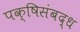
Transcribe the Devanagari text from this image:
पक्षिसंबद्ध